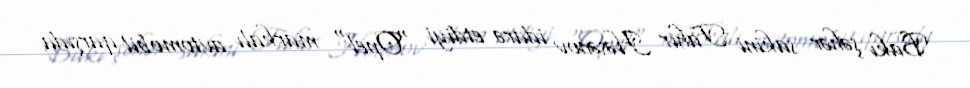
Bakı şəhər sakini Tahir Həsənov idarə etdiyi "Opel" markalı avtomobil qarşıda